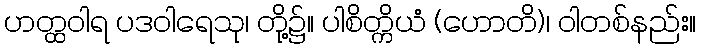
ဟတ္ထဝါရ ပဒဝါရေသု၊ တို့၌။ ပါစိတ္ကိယံ (ဟောတိ)၊ ဝါတစ်နည်း။